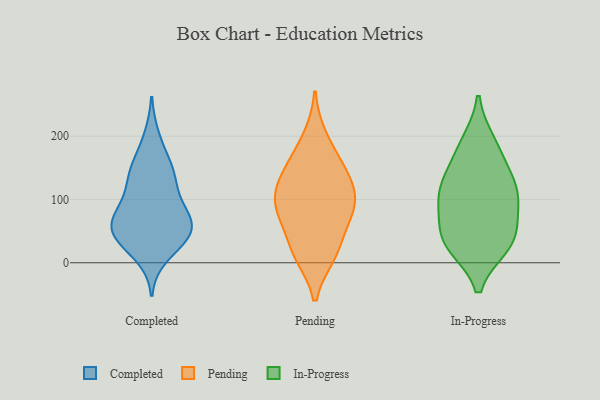
{"axis": {"x": "Customer Acquisition Cost (USD)", "y": "Value"}, "legend": ["Completed", "In-Progress", "Pending"], "data": [{"x": "", "y": 59, "type": "Completed"}, {"x": "", "y": 105, "type": "Completed"}, {"x": "", "y": 68, "type": "Completed"}, {"x": "", "y": 140, "type": "Completed"}, {"x": "", "y": 38, "type": "Completed"}, {"x": "", "y": 139, "type": "Completed"}, {"x": "", "y": 77, "type": "Completed"}, {"x": "", "y": 99, "type": "Completed"}, {"x": "", "y": 11, "type": "Completed"}, {"x": "", "y": 61, "type": "Completed"}, {"x": "", "y": 42, "type": "Completed"}, {"x": "", "y": 64, "type": "Completed"}, {"x": "", "y": 39, "type": "Completed"}, {"x": "", "y": 162, "type": "Completed"}, {"x": "", "y": 140, "type": "Completed"}, {"x": "", "y": 40, "type": "Completed"}, {"x": "", "y": 199, "type": "Completed"}, {"x": "", "y": 160, "type": "Pending"}, {"x": "", "y": 87, "type": "Pending"}, {"x": "", "y": 21, "type": "Pending"}, {"x": "", "y": 147, "type": "Pending"}, {"x": "", "y": 94, "type": "Pending"}, {"x": "", "y": 74, "type": "Pending"}, {"x": "", "y": 17, "type": "Pending"}, {"x": "", "y": 139, "type": "Pending"}, {"x": "", "y": 114, "type": "Pending"}, {"x": "", "y": 198, "type": "Pending"}, {"x": "", "y": 73, "type": "Pending"}, {"x": "", "y": 107, "type": "Pending"}, {"x": "", "y": 13, "type": "Pending"}, {"x": "", "y": 189, "type": "In-Progress"}, {"x": "", "y": 114, "type": "In-Progress"}, {"x": "", "y": 40, "type": "In-Progress"}, {"x": "", "y": 87, "type": "In-Progress"}, {"x": "", "y": 37, "type": "In-Progress"}, {"x": "", "y": 32, "type": "In-Progress"}, {"x": "", "y": 94, "type": "In-Progress"}, {"x": "", "y": 28, "type": "In-Progress"}, {"x": "", "y": 121, "type": "In-Progress"}, {"x": "", "y": 175, "type": "In-Progress"}, {"x": "", "y": 129, "type": "In-Progress"}]}